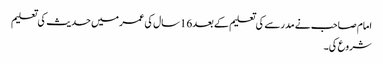
امام صاحب نے مدرسے کی تعلیم کے بعد16سال کی عمر میں حدیث کی تعلیم
شروع کی۔